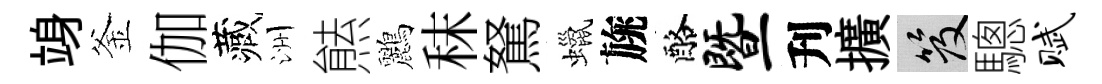
竧釜伽藏洲㷱鸝秣駑蠟旐酪暨刋擴笈驄赋